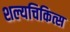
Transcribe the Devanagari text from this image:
शल्यचिकित्स